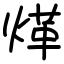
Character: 煂